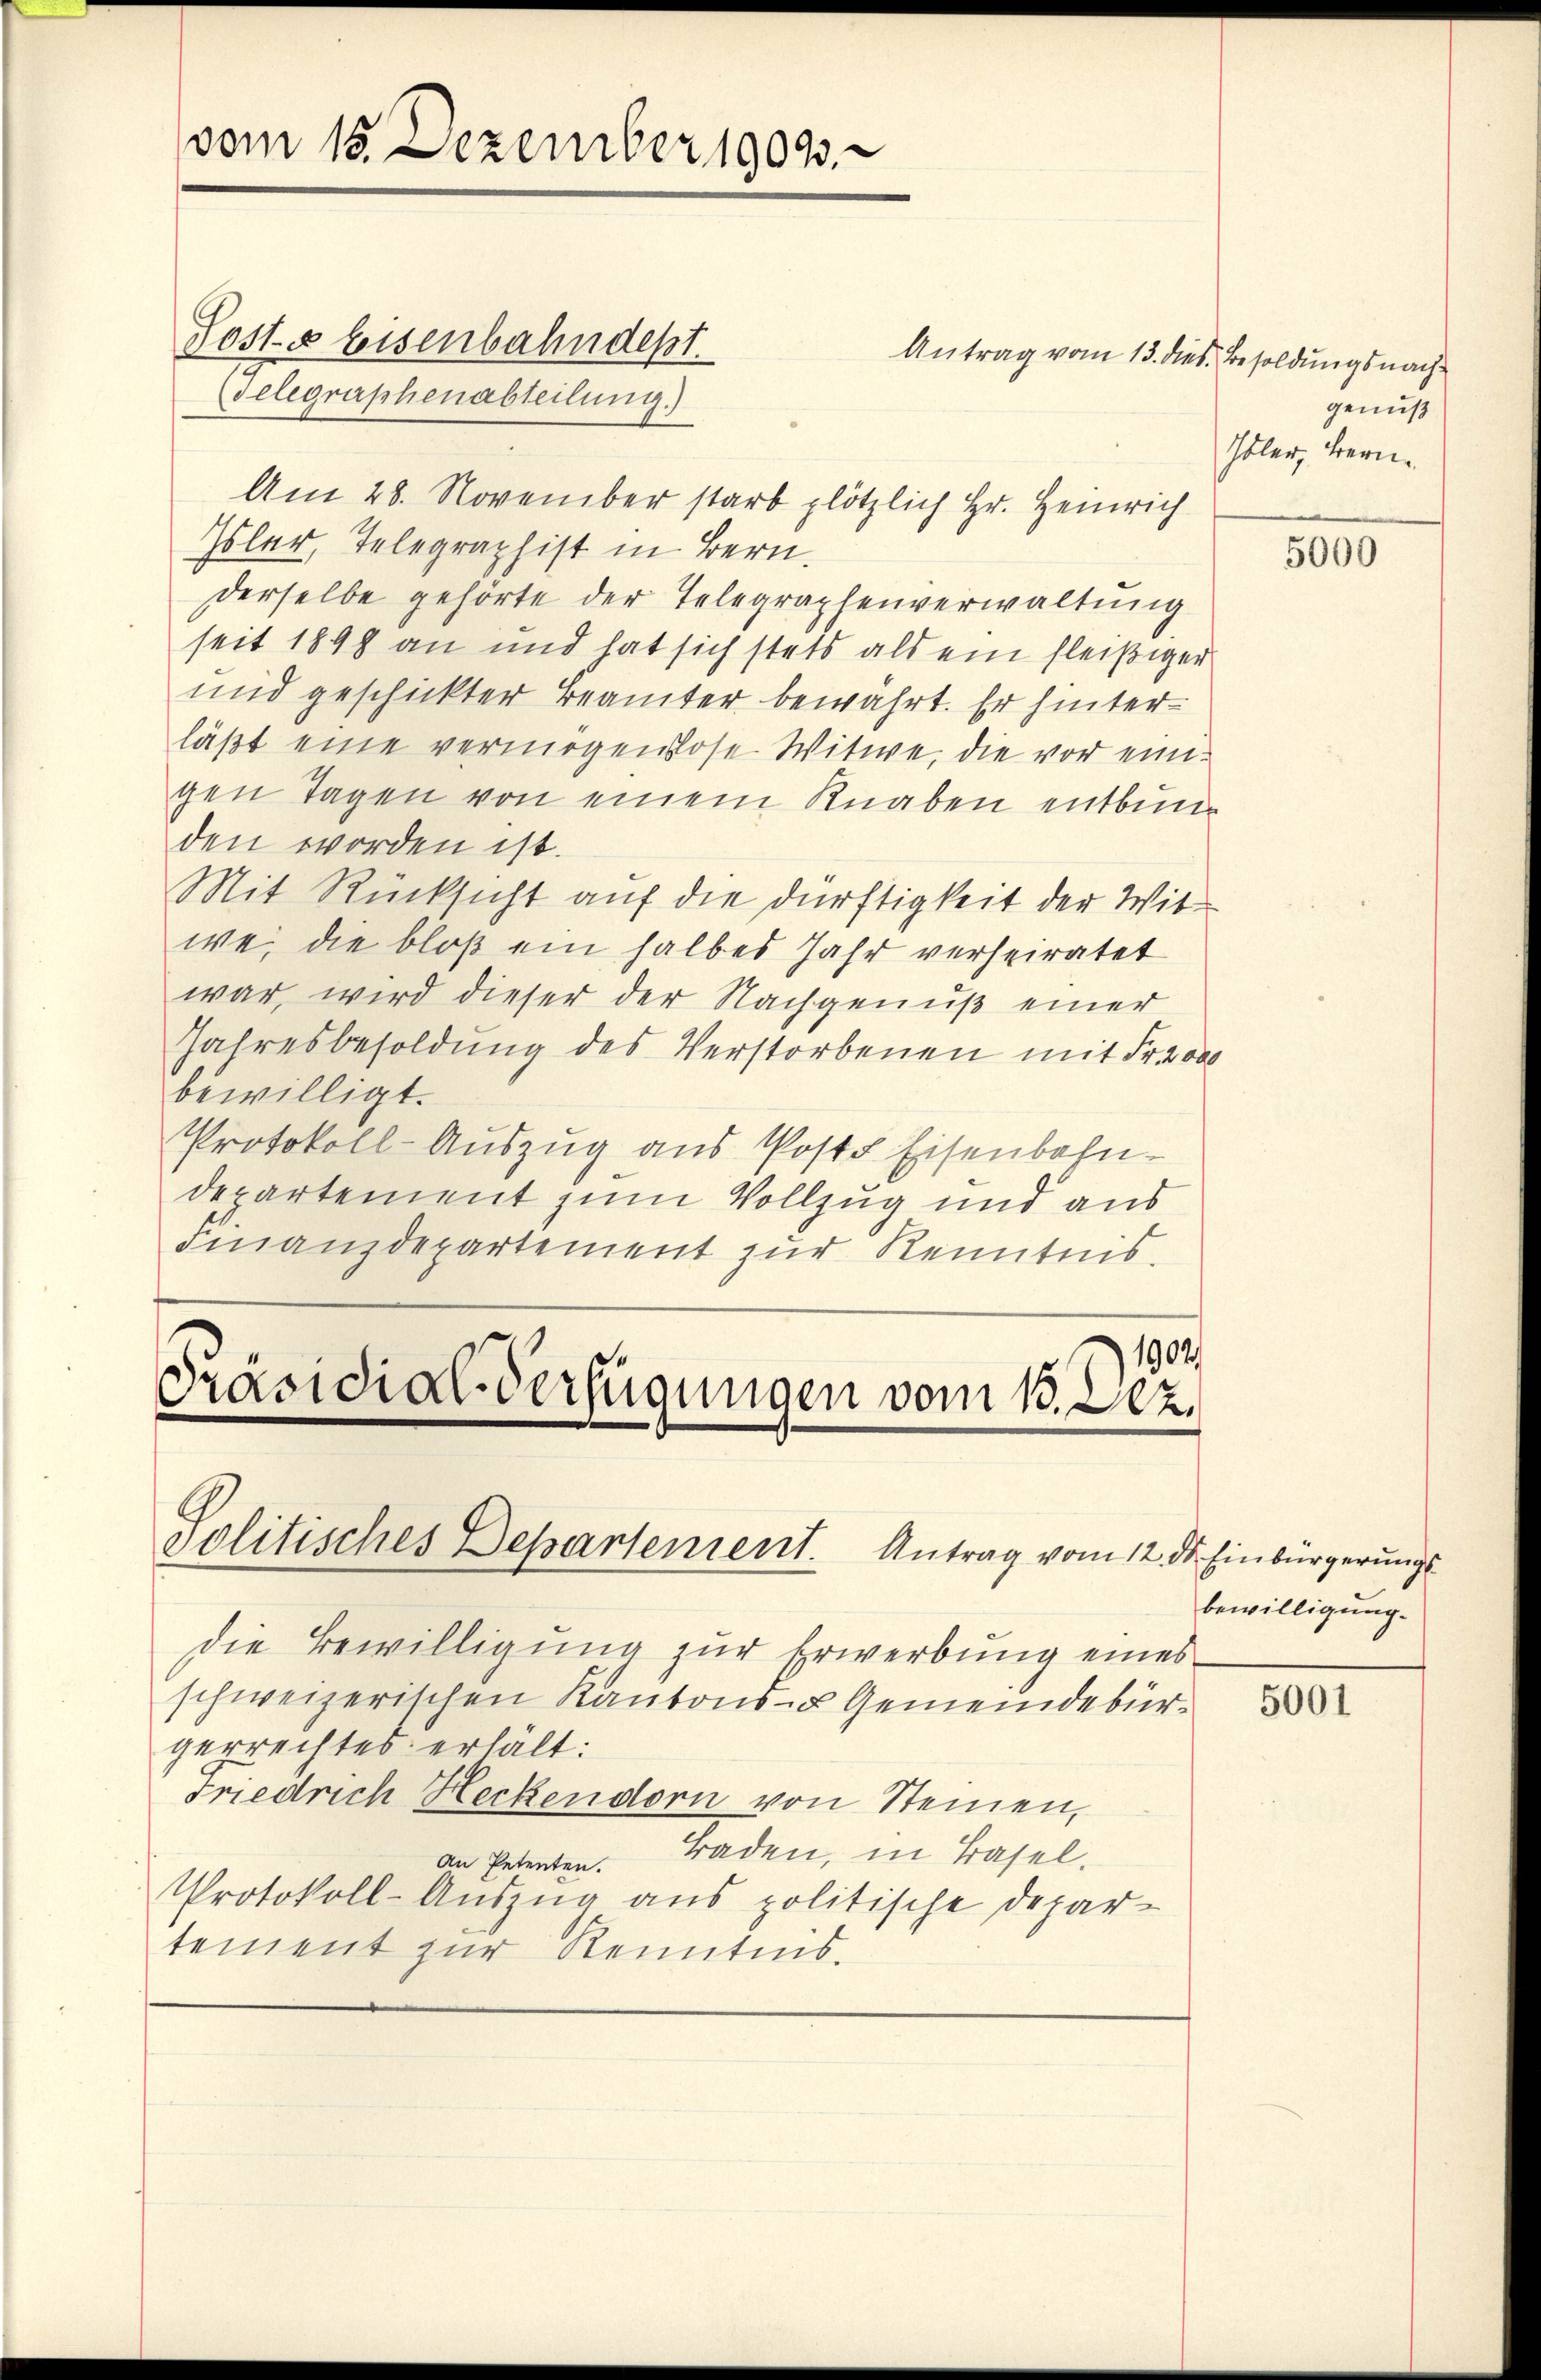
vom 15. Dezember 19093.

Posts Eisenbahndept.
delegraphenabteilung.)
Am 28. November starb plötzlich Hr. Heinrich
Isler, Telegraphist in Bern.
derselbe gehörte der Telegraphenverwaltung
seit 1898 an und hat sich stets als ein fleißiger
und geschickter Beamter bewährt. Er hinterläßt eine vermögenslose Witwe, die vor eingen Tagen von einem Knaben entbunden worden ist.
Mit Rücksicht auf die dürftigkeit der Witwei die bloß ein halbes Jahr verheiratet
war, wird dieser der Nachgenuß einer
Jahresbesoldung des Verstorbenen mit Fr. 2000
bewilligt.
Protokoll-Auszug aus Post Eisenbahn-
departement zum Vollzug und aus
Finanzdepartement zŭr Kenntnis.
1902.
)
Präsidial-Verfügungen vom 13. Dez.

Antrag vom 13. dies Besoldungsnach¬

Politisches Departement. Antrag vom 12. ds Einbürgerungs

die Bewilligung zur Erwerbung eines
schweizerischen Kantons- u Gemeindebürgerrechtes erhält:
Friedrich Heckendorn von Steinen,
an Petenten. Baden, in Basel.
Protokoll-Auszug aus politische Depar-
tement zur Kenntnis.

genuß
Höler, Bern.

5000

bewilligung.

5001